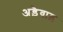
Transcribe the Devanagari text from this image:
अड़ैवाड़